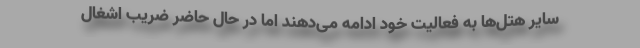
سایر هتل‌ها به فعالیت خود ادامه می‌دهند اما در حال حاضر ضریب اشغال